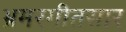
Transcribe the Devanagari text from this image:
भ्रमरगीतसार